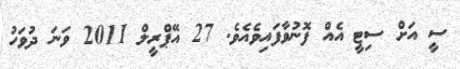
ސީ އަށް ސިޓީ އެއް ފޮނުވާފައިވެއެވެ. 27 އޭޕްރީލް 2011 ވަނަ ދުވަހު